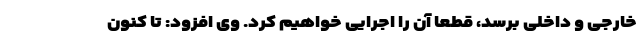
خارجی و داخلی برسد، قطعا آن را اجرایی خواهیم کرد. وی افزود: تا کنون